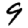
Digit: 9